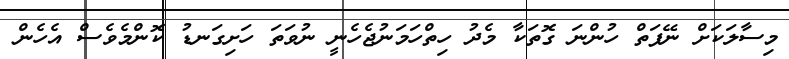
މިސާލަކަށް ނޭފަތް ހުންނަ ގޮތަކާ މެދު ހިތްހަމަނުޖެހެނީ ނުވަތަ ހަށިގަނޑު ކޮންމެވެސް އެހެން